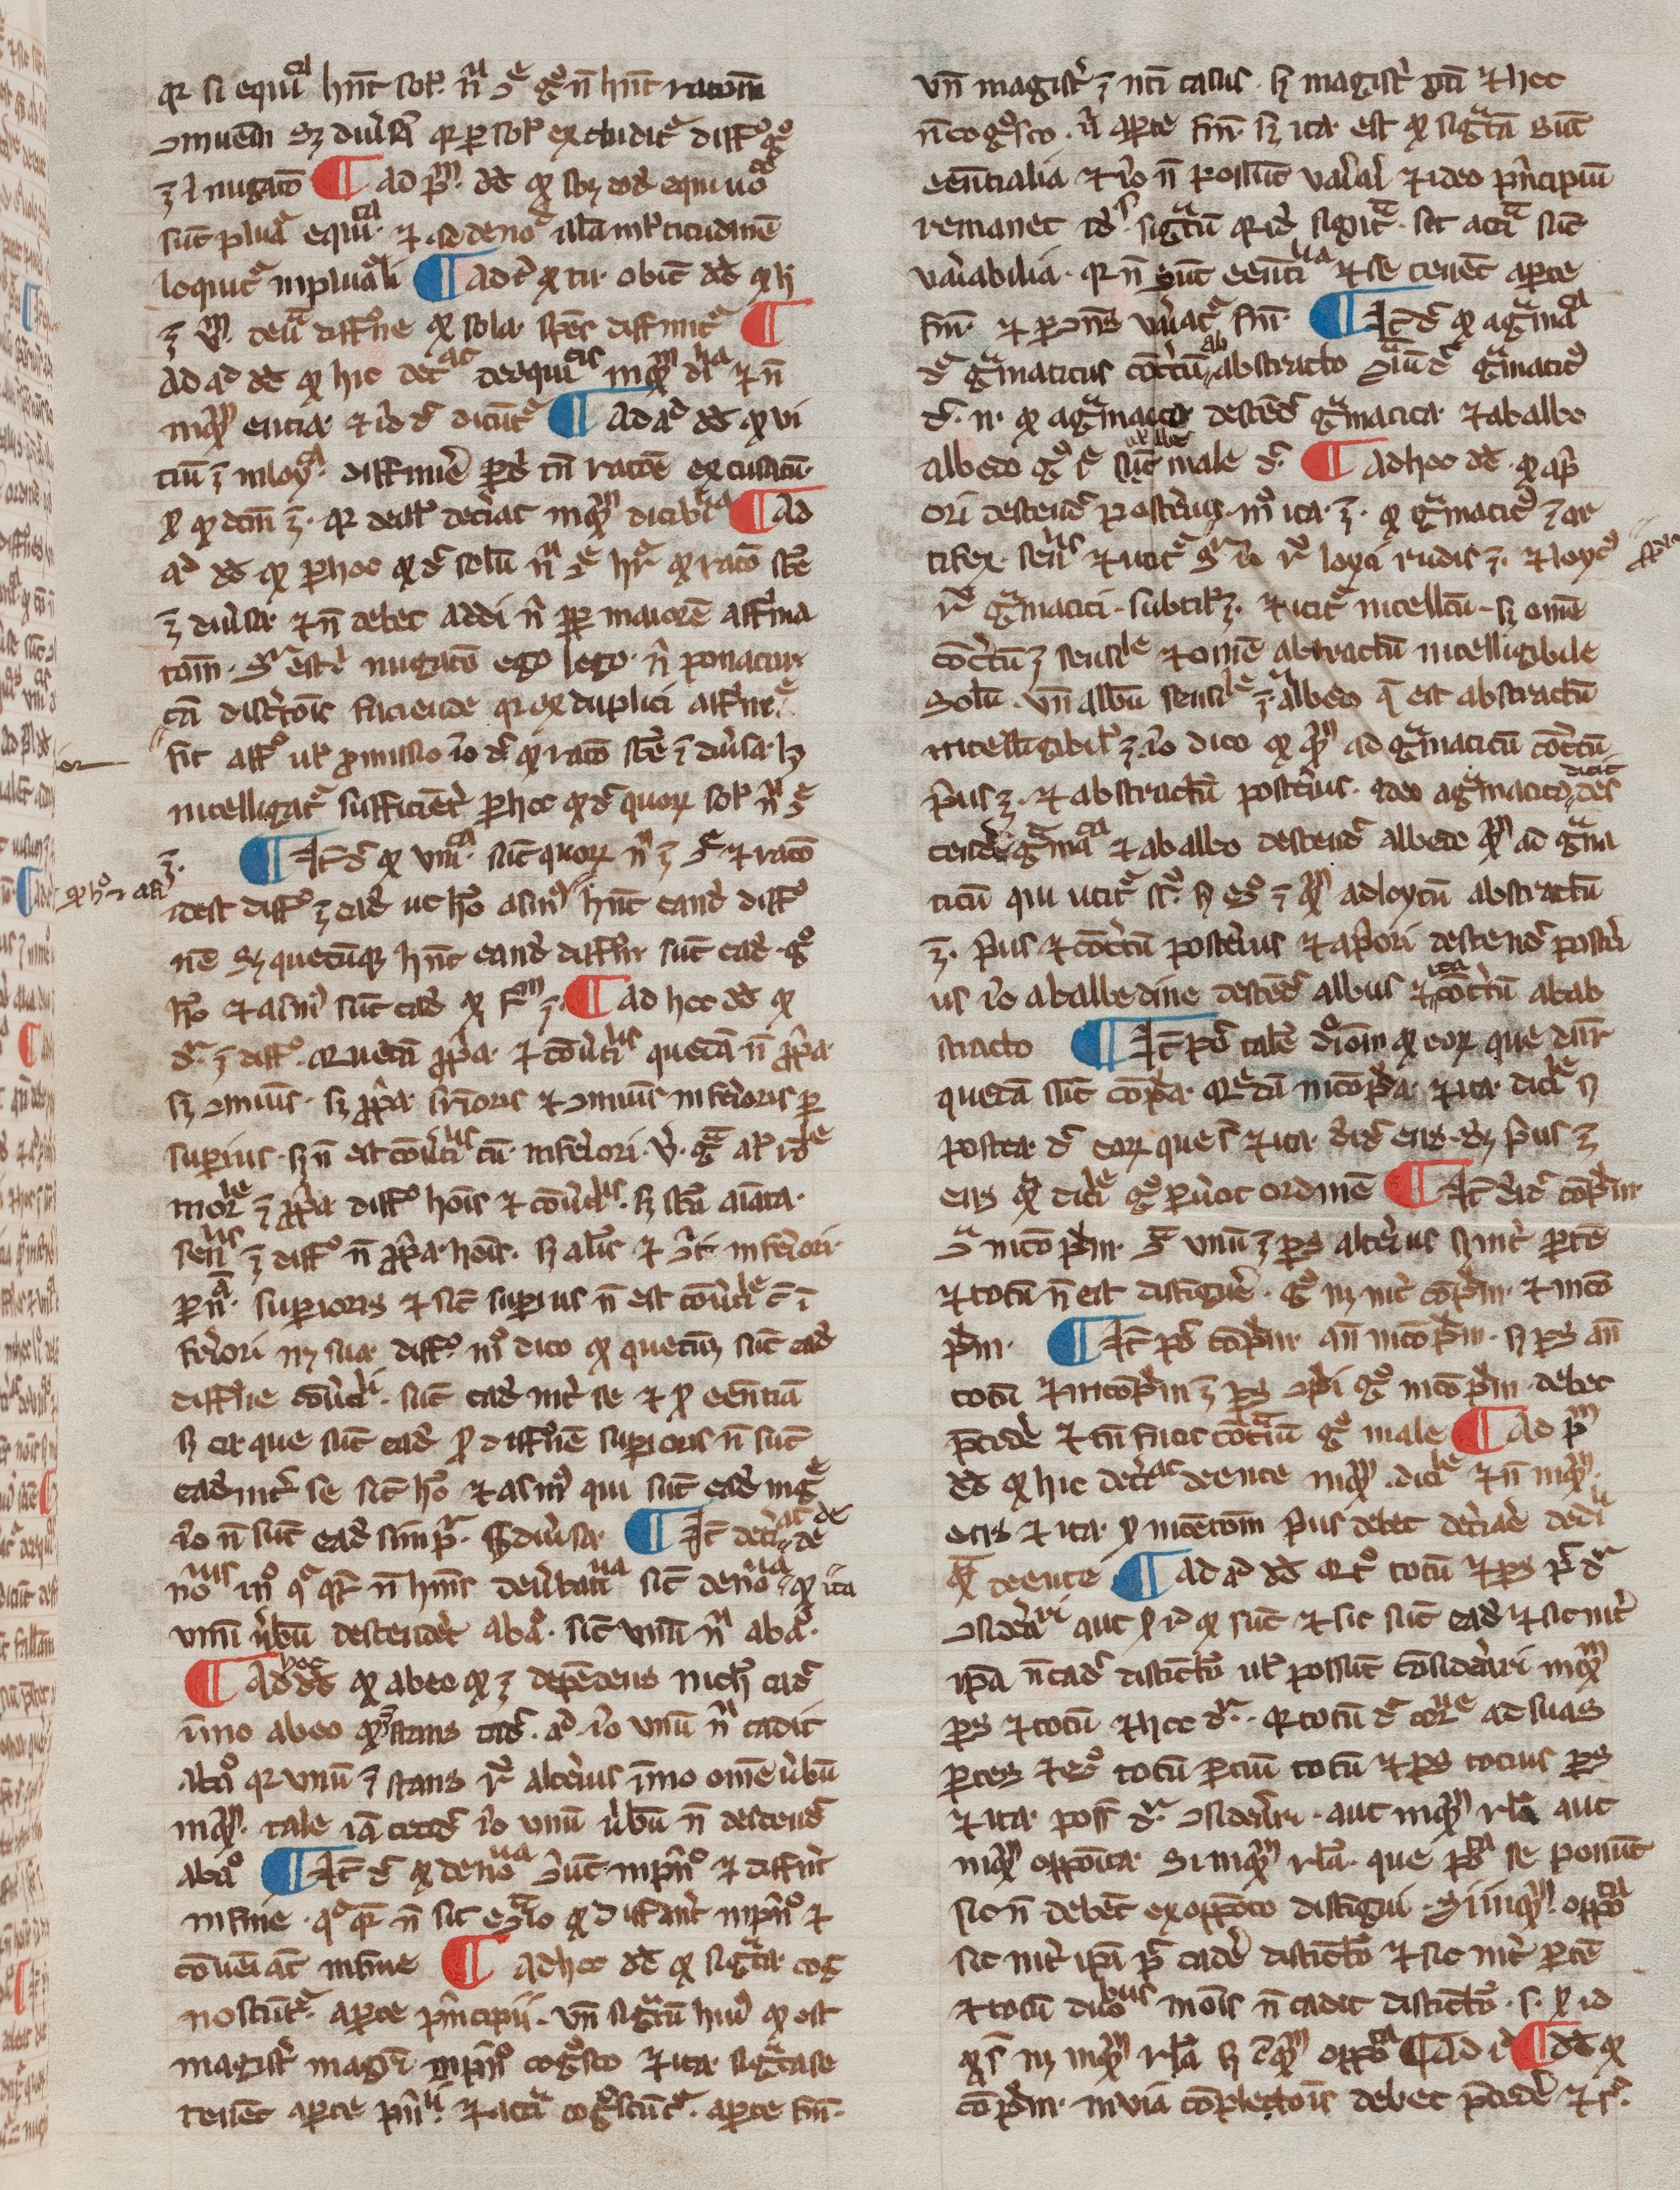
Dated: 1200–1399